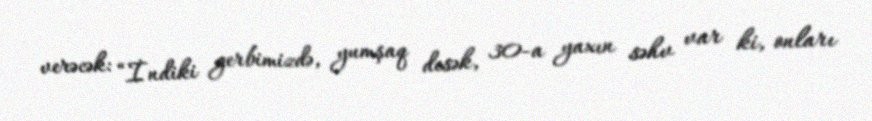
verəcək: “İndiki gerbimizdə, yumşaq desək, 30-a yaxın səhv var ki, onları